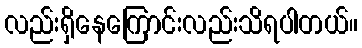
လည်းရှိနေကြောင်းလည်းသိရပါတယ်။